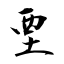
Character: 垔